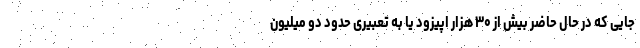
جایی که در حال حاضر بیش از ۳۰ هزار اپیزود یا به تعبیری حدود دو میلیون